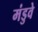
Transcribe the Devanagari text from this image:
मंडुवे